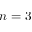
n = 3